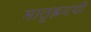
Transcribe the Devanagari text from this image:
मातृह्रदयी